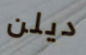
ديلن